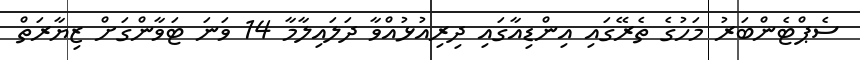
ސެޕްޓެންބަރު މަހުގެ ތެރޭގައި އިންޑިއާގައި ދިރިއުޅުއްވާ ދަލައިލާމާ 14 ވަނަ ޓަވާންގަށް ޒިޔާރަތް